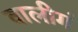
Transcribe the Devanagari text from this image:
वालीगं